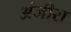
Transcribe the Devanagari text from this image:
अंजीरा